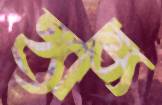
হ্যাক্স